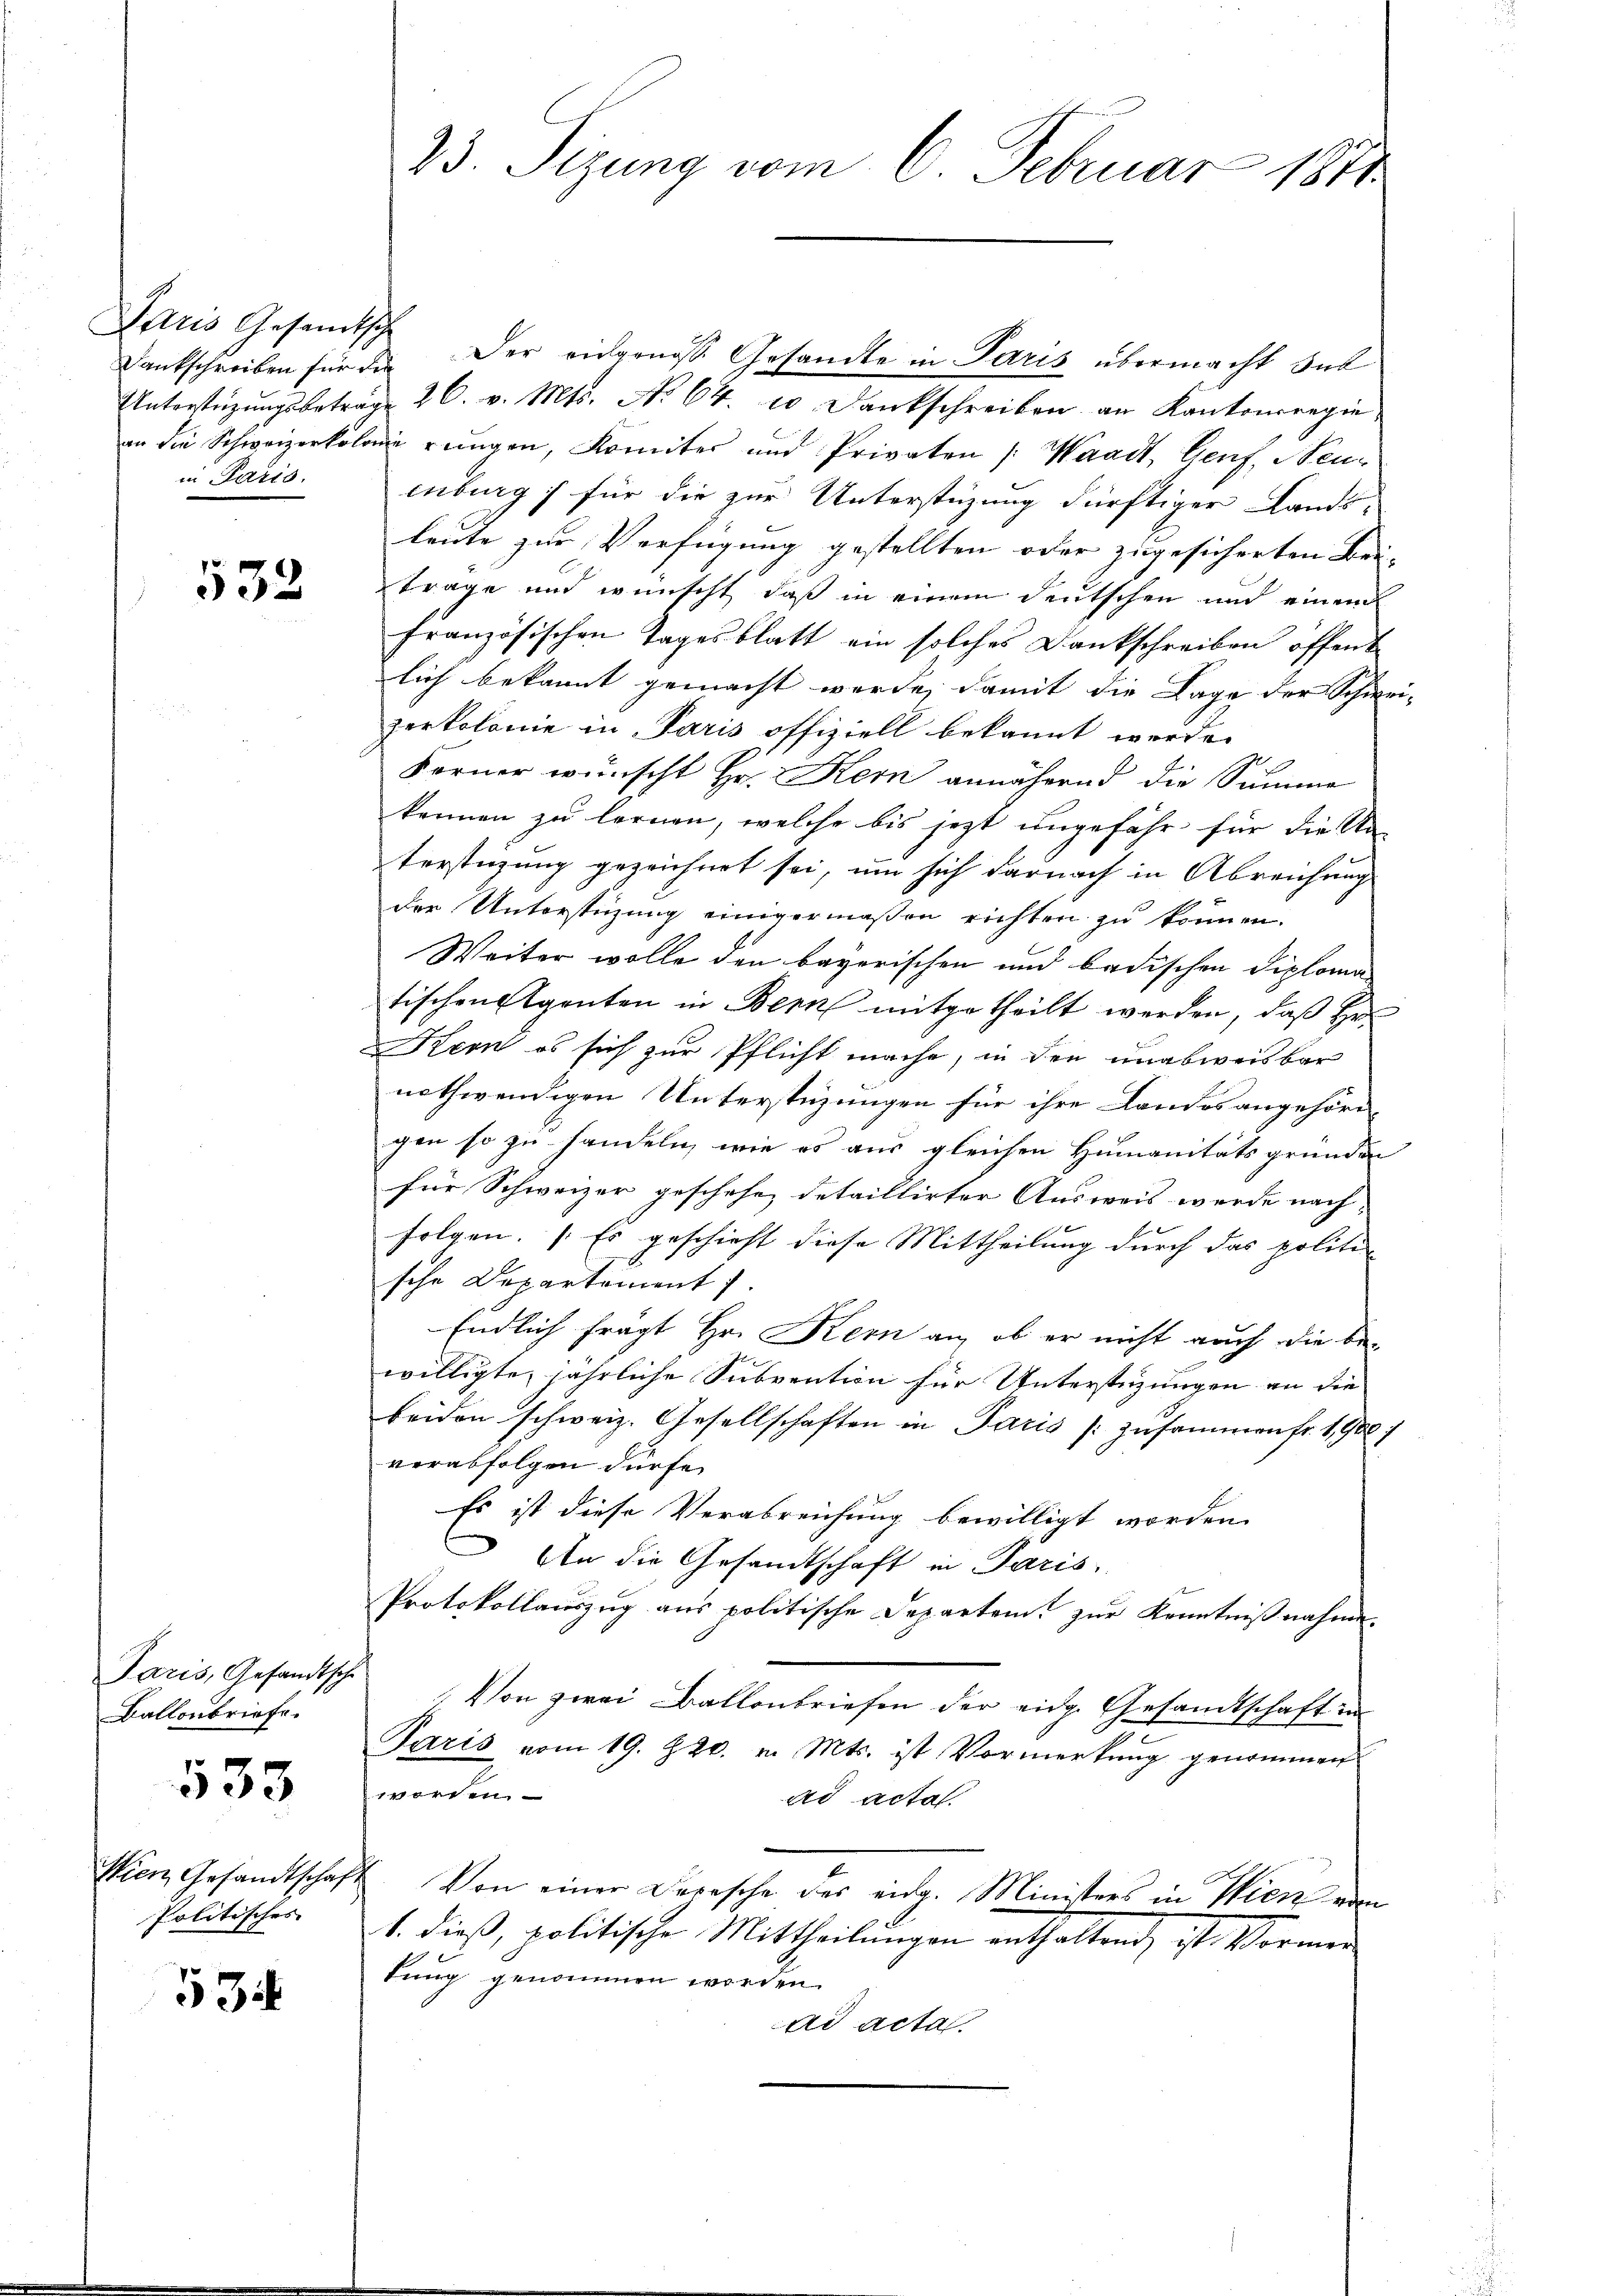
Paris Gesandtsch
in Paris.

532

Paris, Gesandtsche
Ballonbriefe.

538

Politisches

53

Dankschreiben für die Der eidgenosse Gesandte in Paris übermacht Sub
Unterstützŭngsbeträge 26. v. Mts. No 64. 10 Dankschreiben an Kantonsregie
an die Schweizerkolonie rengen, Komiter und Privaten (Waadt, Genf, Neu-
enburg für die zur Unterstüzung dürftiger Lands-
leute zur Verfügung gestellten oder zugesicherten Bei-
trage und wünscht, daß in einem deutschen und einem
französischen Tagesblatt ein solches Dankschreiben öffent
lich bekannt gemacht werde, damit die Lage der Schwei-
zerkolonie in Paris offiziell bekannt werde.
Forner wünscht Hr. Kern annäherend die Summe
kennen zu lernen, welche bis jetzt ungefähr für die Un-
terstüzung gezeichnet sei, um sich darnach in Abreichung
der Unterstüzung einigermaßen richten zu können.
Weiter wolle den bayerischen und badischen Diplomatischen Eigenten in Bern mitgetheilt werden, daß Her
Kern es sich zur Pflicht mache, in den unabweisbar
nothwendigen Unterstüzungen für ihre Landes angehöre
gen so zu handeln, wie es aus gleichen Humanitätsgründen
für Schweizer geschehen detaillirter Ausweis werde nach
folgen. (Es geschieht diese Mittheilung durch das politi
sche Departement 7.
Endlich frägt Hr. Kern an, ob er nicht auch die bewilligte, jährliche Subvention für Unterstüzungen an die
beiden schweiz. Gesellschaften in Paris zusammen fr. 1900 f
verabfolgen dürfe.
Es ist diese Verabreichung bewilligt worden.
n
An die Gesandtschaft in Paris,
Protokollauszug aus politische Departem zur Kenntnißnahme.
 Von zwei Ballenbriefen der eidg. Gesandtschaft in
Paris vom 19. 820. v. Mts. ist Vormerkung genommen
worden
ad acta.
Wien Gesandtschaft. Von einer Depesche der eidg. Ministers in Wien vom
1. dieß, politische Mittheilungen enthaltend, ist Vormentung genommen worden.
ad acta

23. Sizung vom 6. Februar 1811.